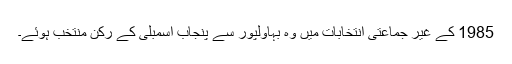
1985 کے غیر جماعتی انتخابات میں وہ بہاولپور سے پنجاب اسمبلی کے رکن منتخب ہوئے۔